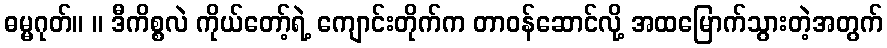
ဓမ္မဂုတ်။ ။ ဒီကိစ္စလဲ ကိုယ်တော့်ရဲ့ ကျောင်းတိုက်က တာဝန်ဆောင်လို့ အထမြောက်သွားတဲ့အတွက်